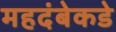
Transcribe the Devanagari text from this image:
महदंबेकडे